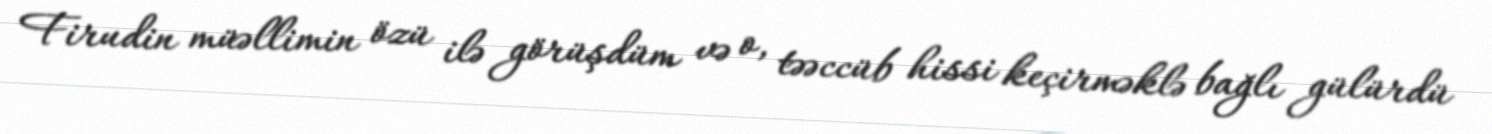
Firudin müəllimin özü ilə görüşdüm və o, təəccüb hissi keçirməklə bağlı gülürdü